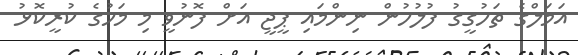
އަމަލްގެ ތަހުގީގު ފުލުހުން ނިންމައި ޕީޖީ އަށް ފޮނުވީ މި މަހުގެ ކުރީކޮޅު